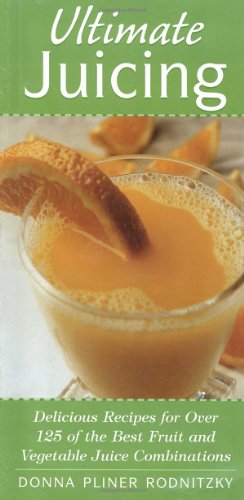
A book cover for Ultimate Juicing: Delicious Recipes for Over 125 of the Best Fruit & Vegetable Juice Combinations; Donna Pliner Rodnitzky; Cookbooks, Food & Wine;